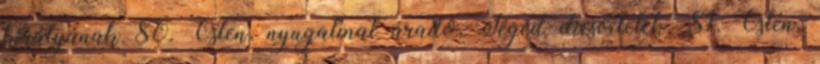
királyának 80. Ősten, nyugalmat áradó, Téged dicsőítelek. 81. Ősten,